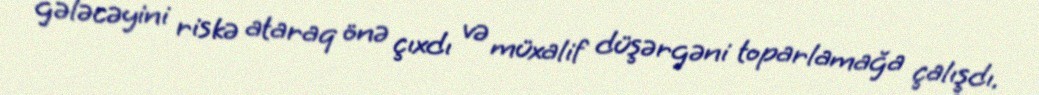
gələcəyini riskə ataraq önə çıxdı və müxalif düşərgəni toparlamağa çalışdı.